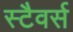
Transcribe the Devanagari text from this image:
स्टैवर्स